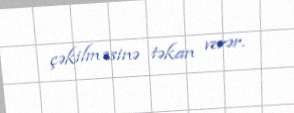
çəkilməsinə təkan verər.